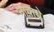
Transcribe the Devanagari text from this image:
नावाच्चे